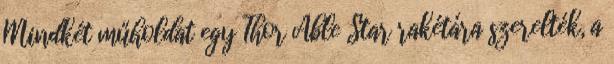
Mindkét műholdat egy Thor Able Star rakétára szerelték, a